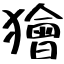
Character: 獪